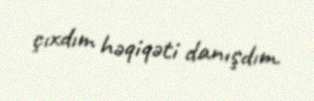
çıxdım həqiqəti danışdım.